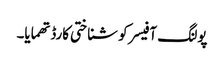
پولنگ آفیسر کو شناختی کارڈ تھمایا۔